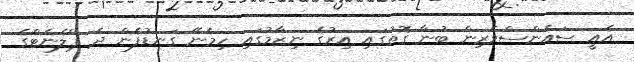
އެއީ ސައެންސްވެރިން ބުނާ ގޮތުގައި އިރުގެ ނިޒާމުގައި ހިމެނޭ ގަނޑުފެން ދެ ޕްލެނެޓްގެ